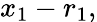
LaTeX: x_{1}-r_{1},